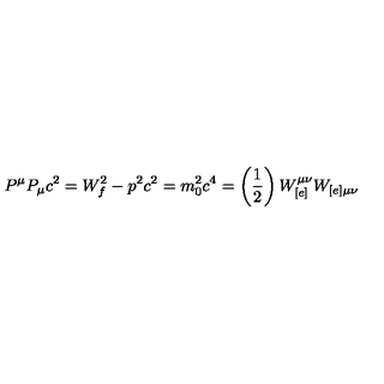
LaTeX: P ^ { \mu } P _ { \mu } c ^ { 2 } = W _ { f } ^ { 2 } - p ^ { 2 } c ^ { 2 } = m _ { 0 } ^ { 2 } c ^ { 4 } = \left( \frac { 1 } { 2 } \right) W _ { [ e ] } ^ { \mu \nu } W _ { [ e ] \mu \nu }